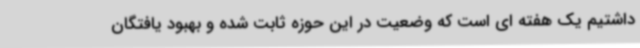
داشتیم یک هفته ای است که وضعیت در این حوزه ثابت شده و بهبود یافتگان